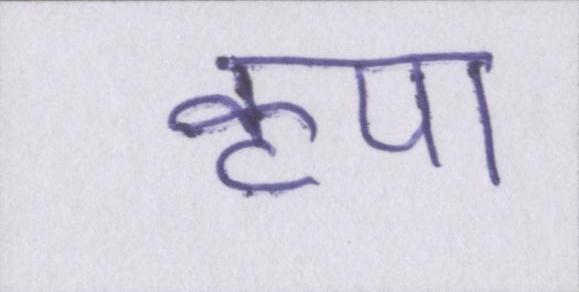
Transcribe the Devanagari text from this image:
कृपा